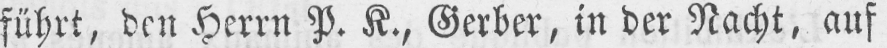
führt, den Herrn P. K., Gerber, in der Nacht, auf